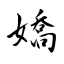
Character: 嬌